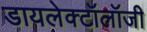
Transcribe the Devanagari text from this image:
डायलेक्टॉलॉजी